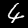
Digit: 4